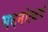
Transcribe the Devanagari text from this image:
मदनोत्कर्ष